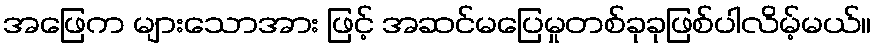
အဖြေက များသောအား ဖြင့် အဆင်မပြေမှုတစ်ခုခုဖြစ်ပါလိမ့်မယ်။